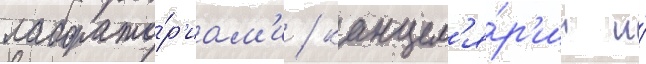
лаборато́р'иам'и / канцел'я́р'ии и́